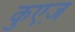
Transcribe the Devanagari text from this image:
कुएज़